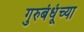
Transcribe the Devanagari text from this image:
गुरुबंधूंच्या